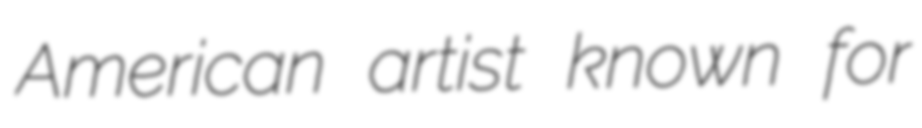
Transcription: American artist known for